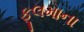
ફૂલમાના